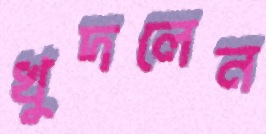
খুদলেন